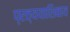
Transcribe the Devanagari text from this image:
प्रत्ययाशिवाय